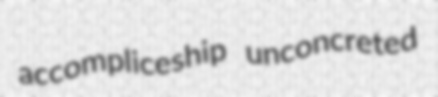
accompliceship unconcreted